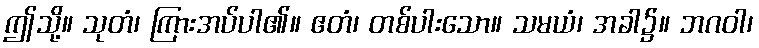
ဤသို့။ သုတံ၊ ကြားအပ်ပါ၏။ ဧတံ၊ တစ်ပါးသော။ သမယံ၊ အခါ၌။ ဘဂဝါ၊